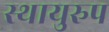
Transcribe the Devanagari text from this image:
स्थायुरुप